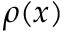
\rho ( x )